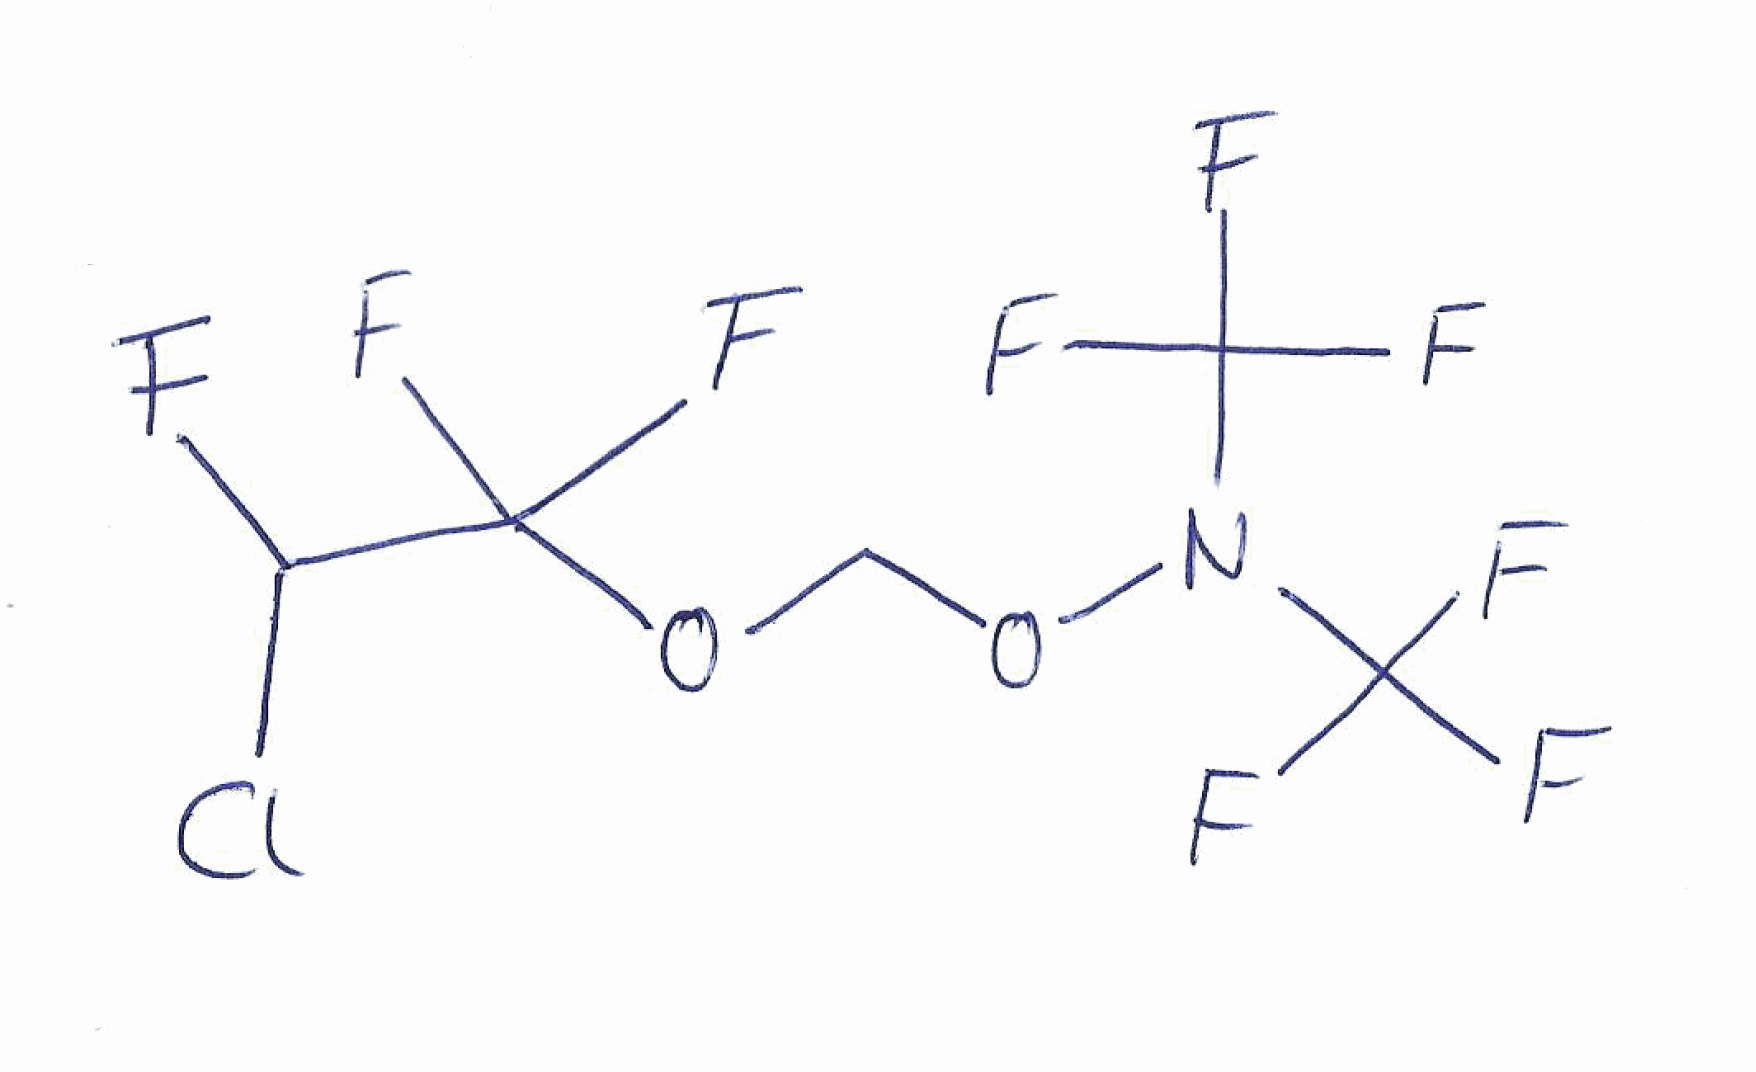
Simplified molecular-input line-entry system (SMILES) notation of the given molecule:
C(OC(C(F)Cl)(F)F)ON(C(F)(F)F)C(F)(F)F